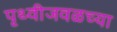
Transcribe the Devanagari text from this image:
पृथ्वीजवळच्या